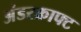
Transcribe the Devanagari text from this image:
अंडरक्राफ्ट